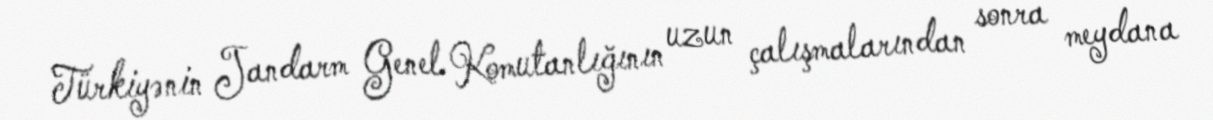
Türkiyənin Jandarm Genel Komutanlığının uzun çalışmalarından sonra meydana